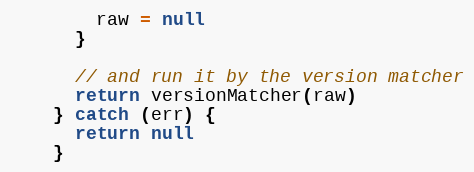
Language: JavaScript
        raw = null
      }

      // and run it by the version matcher
      return versionMatcher(raw)
    } catch (err) {
      return null
    }